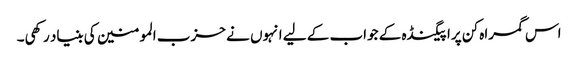
اس گمراہ کن پراپیگنڈہ کے جواب کے لیے انہوں نے حزب المومنین کی بنیاد رکھی۔